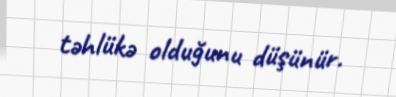
təhlükə olduğunu düşünür.